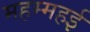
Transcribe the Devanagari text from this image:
महम्महई